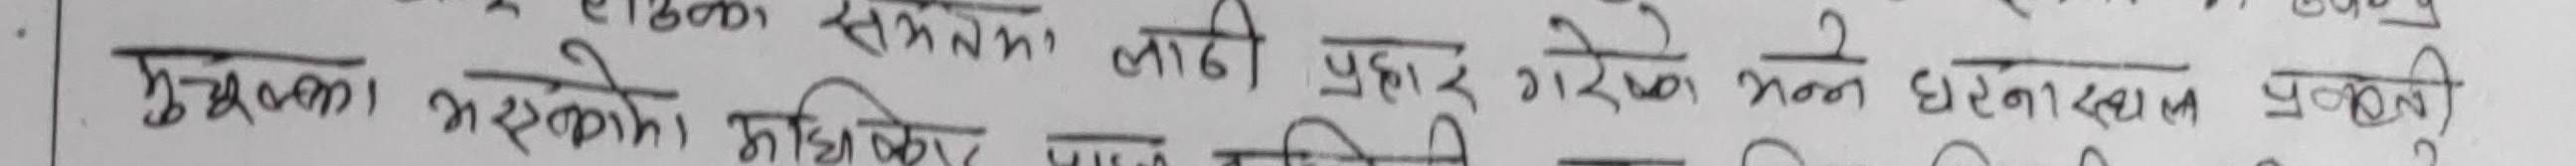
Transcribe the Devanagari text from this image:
सक्रियताका लाठी प्रहार गरेको भन्ने घटनास्थलका प्रबक्ता
मुख्यमा भएको अधिकार पालित र पीडित